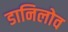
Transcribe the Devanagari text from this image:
डानिलोव